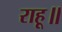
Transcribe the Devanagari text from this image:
राहू॥